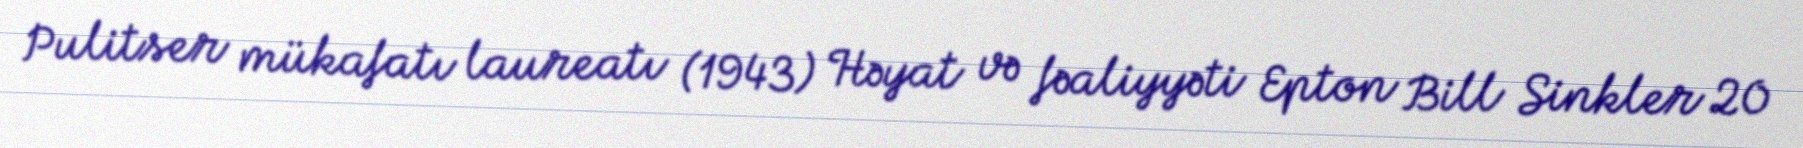
Pulitser mükafatı laureatı (1943) Həyat və fəaliyyəti Epton Bill Sinkler 20